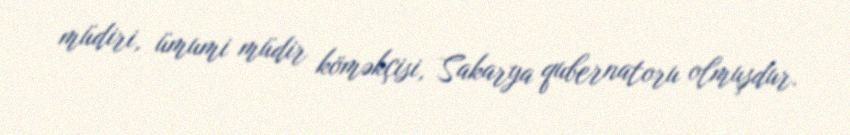
müdiri, ümumi müdir köməkçisi, Sakarya qubernatoru olmuşdur.